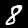
Label: 8